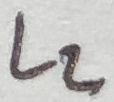
Text: L2